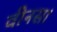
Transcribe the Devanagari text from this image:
वीनस।